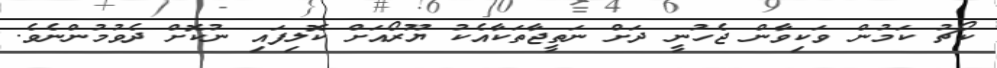
ކޯޗު ކަމުން ވަކިވާން ޖެހުނީ ދަށް ނަތީޖާތަކާއެކު ޔޫރޯއަށް ކޮލިފައި ނުކޮށް ދެވުމުންނެވެ.